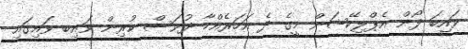
ވައިބަ ފޯން އެޕްލިކޭޝަން މީގެ ދެ އަހަރެއްހާ ދުވަސް ކުރިން ވައިބ ވައިގައި